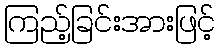
ကြည့်ခြင်းအားဖြင့်